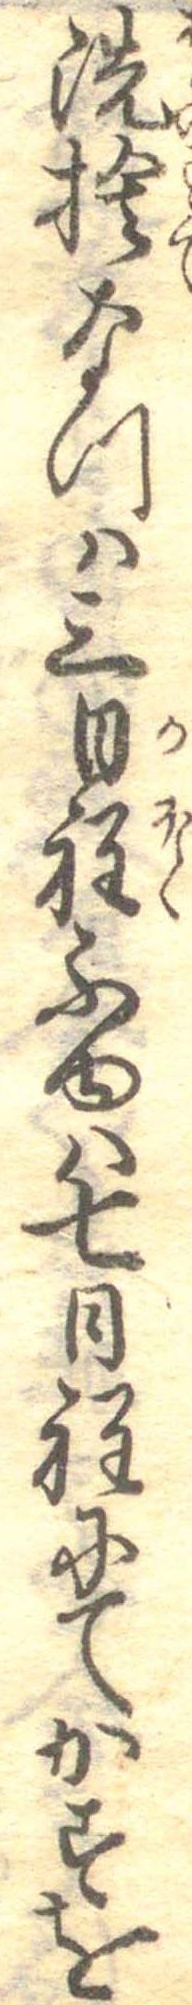
洗捨なつは三日程ふゆは七日程にてかすを